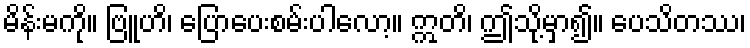
မိန်းမကို။ ဗြူဟိ၊ ပြောပေးစမ်းပါလော့။ ဣတိ၊ ဤသို့မှာ၍။ ပေသိတဿ၊